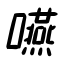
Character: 嚥